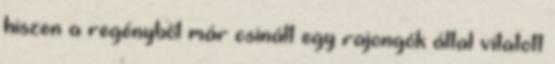
hiszen a regényből már csinált egy rajongók által vitatott